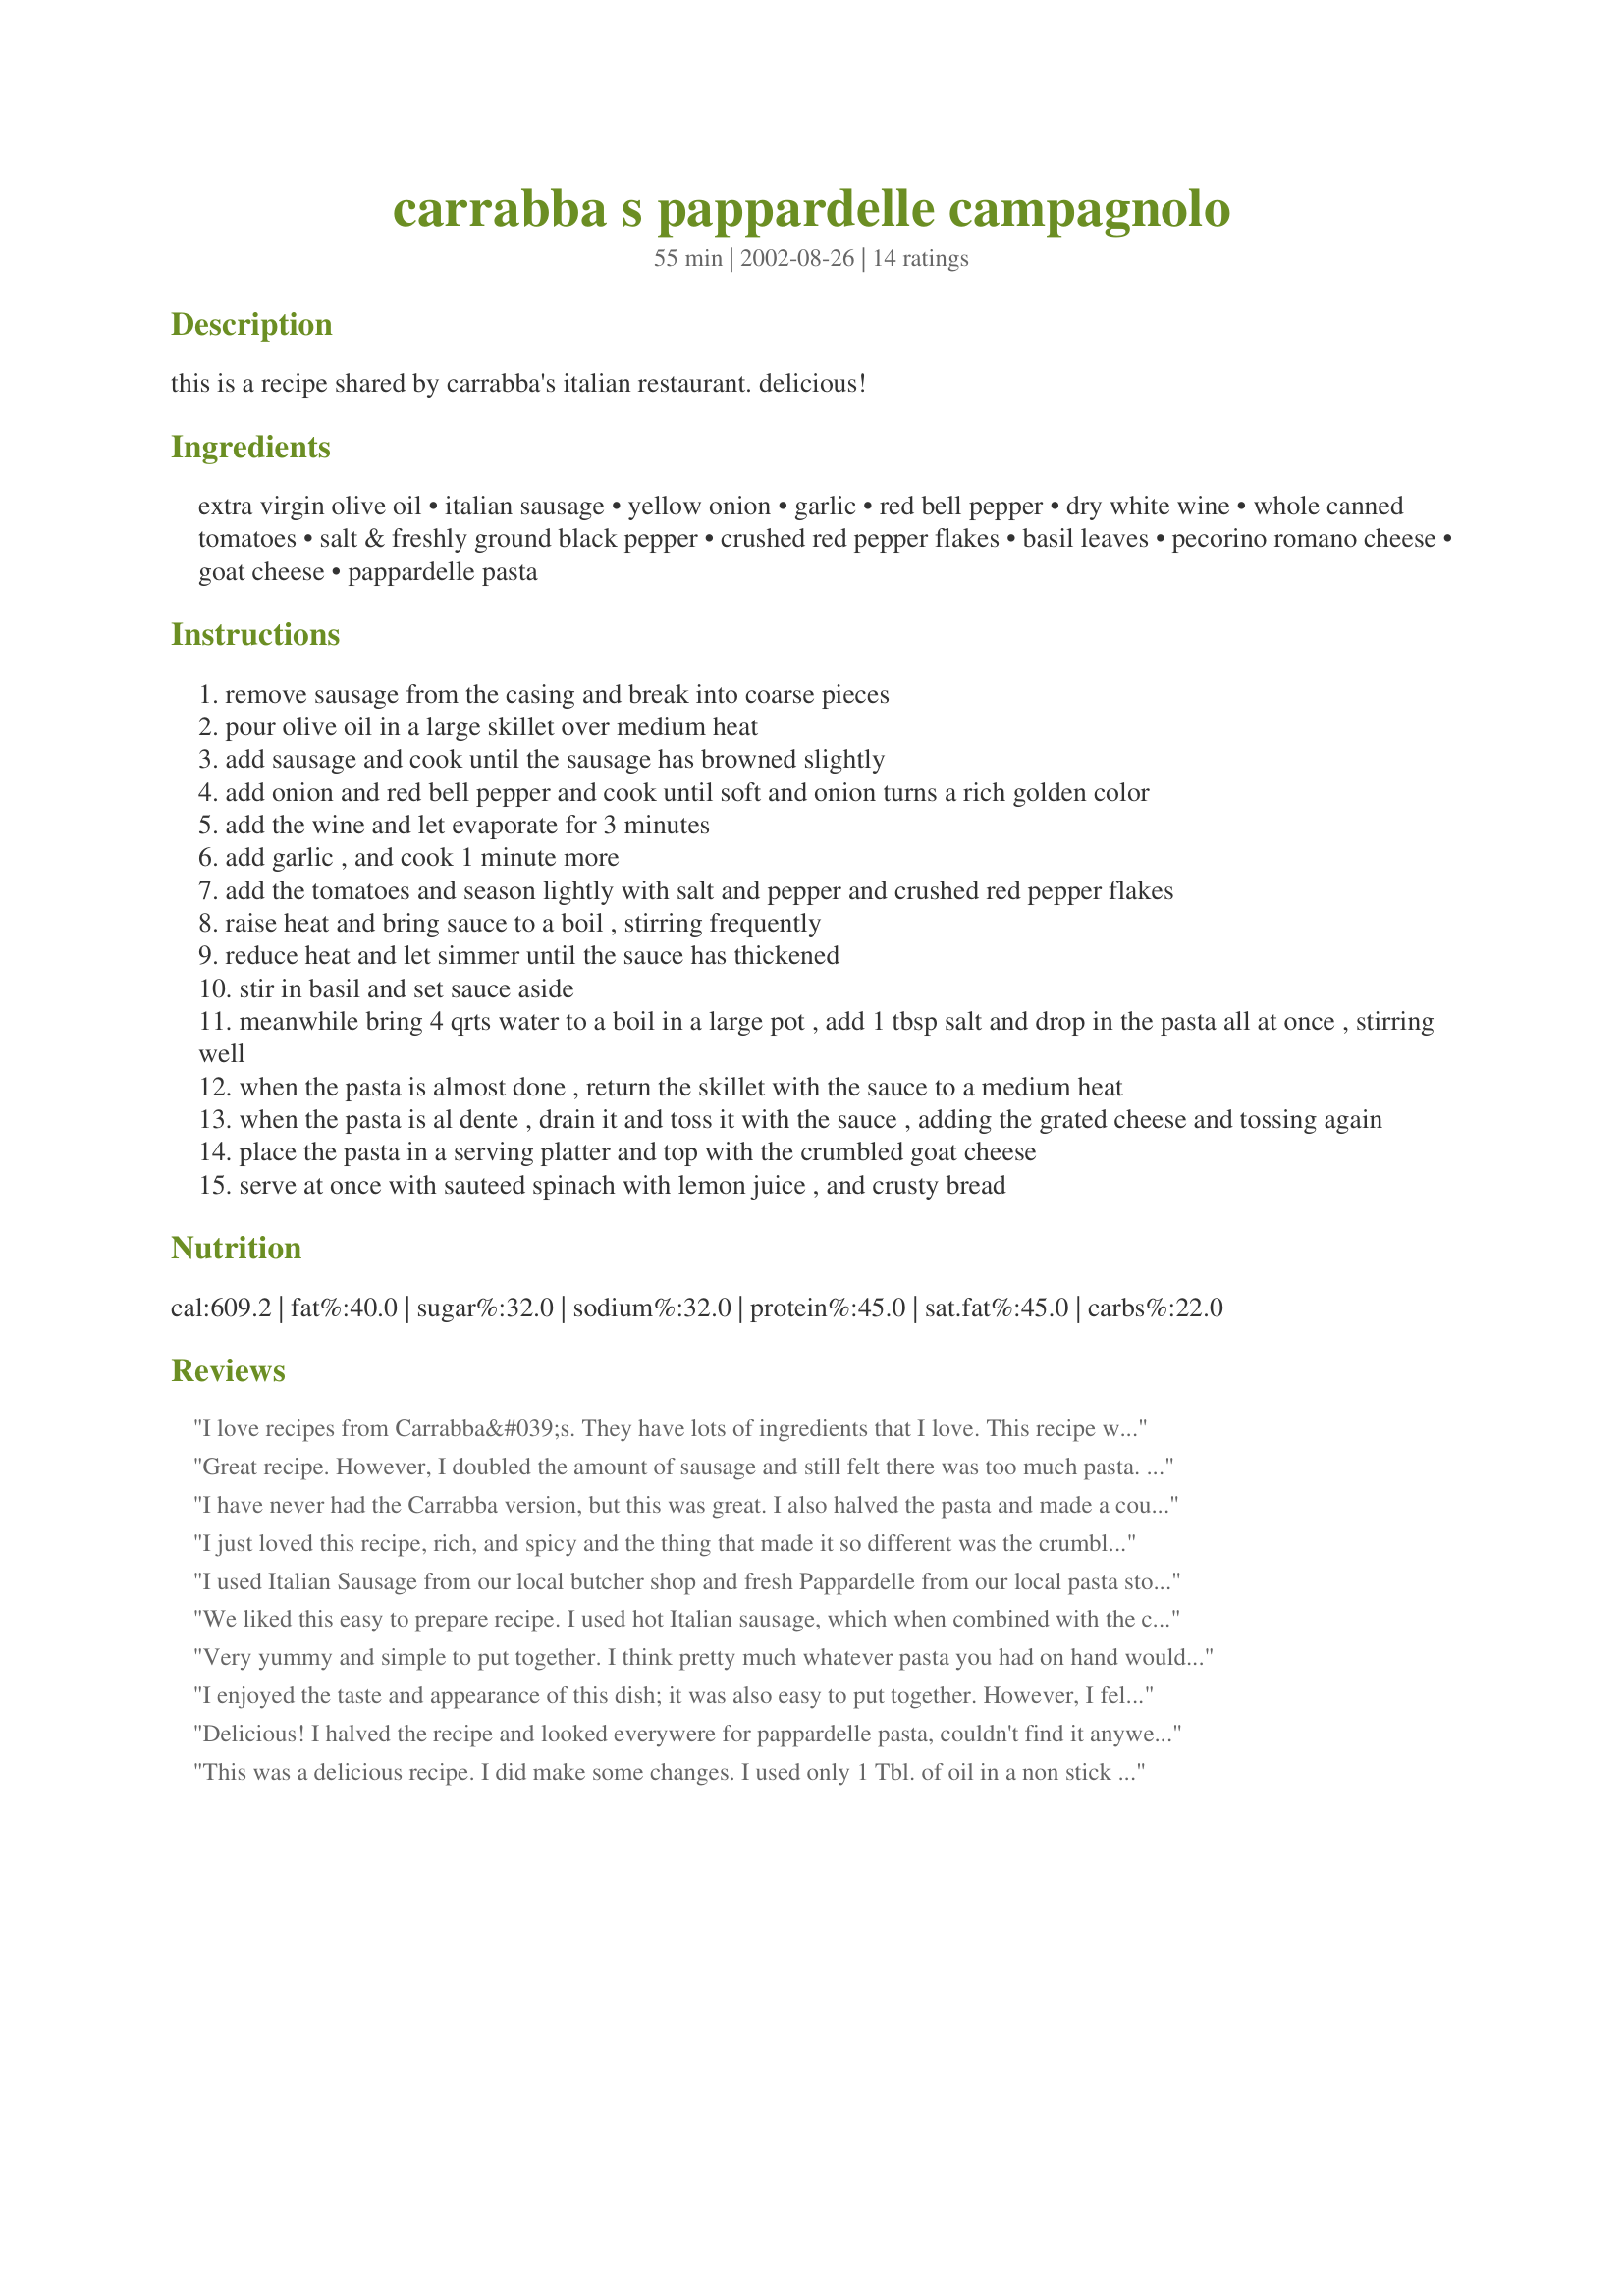
carrabba s pappardelle campagnolo
Preparation time: 55 minutes

this is a recipe shared by carrabba's italian restaurant. delicious!

Ingredients:
extra virgin olive oil, italian sausage, yellow onion, garlic, red bell pepper, dry white wine, whole canned tomatoes, salt & freshly ground black pepper, crushed red pepper flakes, basil leaves, pecorino romano cheese, goat cheese, pappardelle pasta

Steps:
remove sausage from the casing and break into coarse pieces
pour olive oil in a large skillet over medium heat
add sausage and cook until the sausage has browned slightly
add onion and red bell pepper and cook until soft and onion turns a rich golden color
add the wine and let evaporate for 3 minutes
add garlic , and cook 1 minute more
add the tomatoes and season lightly with salt and pepper and crushed red pepper flakes
raise heat and bring sauce to a boil , stirring frequently
reduce heat and let simmer until the sauce has thickened
stir in basil and set sauce aside
meanwhile bring 4 qrts water to a boil in a large pot , add 1 tbsp salt and drop in the pasta all at once , stirring well
when the pasta is almost done , return the skillet with the sauce to a medium heat
when the pasta is al dente , drain it and toss it with the sauce , adding the grated cheese and tossing again
place the pasta in a serving platter and top with the crumbled goat cheese
serve at once with sauteed spinach with lemon juice , and crusty bread

Reviews:
I love recipes from Carrabba&#039;s. They have lots of ingredients that I love. This recipe was no different. I had a little trouble finding the pappardelle, but was glad that I was able to find it. The recipe was simple to make and tasted delish. Thanks PanNan for sharing this nice keeper. Made for Culinary Quest 2014.
Great recipe. However, I doubled the amount of sausage and still felt there was too much pasta. Next time I will increase the amount for all the ingredients and then have lots of planned leftovers. I love the pappardelle pasta. I also love the addition of the goat cheese (chevre). Nice and creamy. I also added mushrooms. Will make again without a doubt.
I have never had the Carrabba version, but this was great. I also halved the pasta and made a couple of other minor changes. I used one 14 oz and one 28 oz. can of diced tomatoes instead of the whole tomatoes. In addition, I used quite a bit more crushed red pepper. Lastly, I used parmesan instead of the romano cheese as I had it on hand.
I just loved this recipe, rich, and spicy and the thing that made it so different was the crumbled goat cheese on top. I am going to pinch that idea for some of my pasta recipes.

I used Italian Sausage from our local butcher shop and fresh Pappardelle from our local pasta store. Didn't excite us too much.
We liked this easy to prepare recipe. I used hot Italian sausage, which when combined with the crushed red pepper flakes, gave the sauce a nice spicy taste. I also used canned San Marzano tomatoes. I made no modifications to the recipe. Thanks.
Very yummy and simple to put together. I think pretty much whatever pasta you had on hand would work. I used rigatoni.
I enjoyed the taste and appearance of this dish; it was also easy to put together. However, I felt there was just too much pasta involved; it overwhelmed the sauce. I will most likely cut the amount of pasta in half if I make this again. Overall, nice colors, smells and flavors. :)
Delicious! I halved the recipe and looked everywere for pappardelle pasta, couldn't find it anywere so I looked online and the substitute was linguinne. I also used jarred red bell pepper and just added that when I added the tomatoes. I didn't want to pay for fresh basil so I just used dried, (1 teaspoon dried per 1 Tbsp fresh) We loved this recipe and will be making again! Thank you!
This was a delicious recipe. I did make some changes. I used only 1 Tbl. of oil in a non stick pan. I used turkey sausage and doubled it to a pound. Last, I couldn't find Pappardelle, so I used Fettucini. None of us could get enough of it. So delicious. This is definitely a keeper. I think if you wanted to do this vegetarian, some thickly sliced portobella ir crimini mushrooms would make it delicious.
Delicious! I used diced tomatoes, herbed goat cheese, and turkey italian sausage. Also halved the pasta. Beautiful dish and tasty, my six year old thought the goat cheese was a little "weird" but ate it all and went for seconds!
Anything with sausage is a hit at our house! I didn't have any goat cheese, and used fettuccini for the pasta, but it was still terrific.
Excellent! I made very few minor changes, due to preference.
I used ground sausage ( we hate italian sausage) and parmesan in place of the other ingredients. Had to use fettucine.
I had a can of diced fire roasted roma tomatoes and will use this next time. Thanks!
5 stars all the way! I used hot turkey italian sausage and only used about 1 T of EVOO to sautee in. I used an orange pepper and San Marzano tomatoes. I did add mushrooms to this dish (which I loved but hubby did NOT think were fitting for this dish). Loved the addition of the goat cheese, which I had never eaten and which my 3 year old ate by the spoonful!!!!! I used linguine rather than papperdelle. YUM!!!! Will definitely make again!
